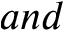
a n d